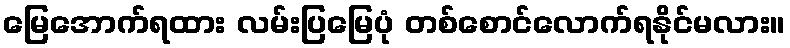
မြေအောက်ရထား လမ်းပြမြေပုံ တစ်စောင်လောက်ရနိုင်မလား။